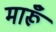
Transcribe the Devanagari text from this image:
मारूँ